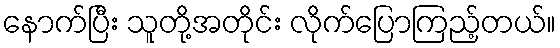
နောက်ပြီး သူတို့အတိုင်း လိုက်ပြောကြည့်တယ်။